Bombay plague: being a history of the progress of plague in the Bombay presidency from September 1896 to June 1899
Year: 1896
Disease focus: Plague
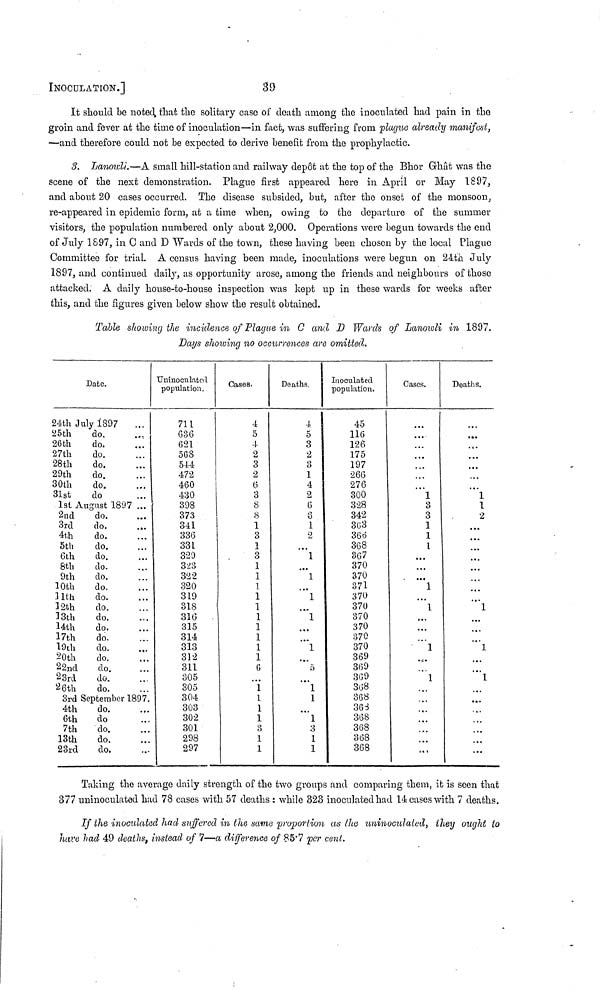
INOCULACIoN.]
39
It should be noted that the solitary case of death among the inoculated had pain in the
groin and fever at the time of inoculation—in fact, was suffering from plague already manifest,
—and therefore could not be expected to derive benefit from the prophylactic.
3. Lanowli.—A small hill-station and railway depot at the top of the Bhor Ghât was the
scene of the next demonstration. Plague first appeared here in April or May 1897,
and about 20 cases occurred. The disease subsided, but, after the onset of the monsoon,
re-appeared in epidemic form, at a time when, owing to the departure of the summer
visitors, the population numbered only about 2,000. Operations were begun towards the end
of July 1897, in C and D Wards of the town, these having been chosen by the local Plague
Committee for trial. A census having been made, inoculations were begun on 24th July
1897, and continued daily, as opportunity arose, among the friends and neighbours of those
attacked. A daily house-to-house inspection was kept up in these wards for weeks after
this, and the figures given below show the result obtained.
Table showing the incidence of Plague in C and D Wards of Lanowli in 1897.
Days showing no occurrences are omitted.
Date.
24th July 1897 ...
25th
do. ...
26th
do. ...
27th
do. ...
28th
do. ...
29th
do. ...
30th
do. ...
31st do. ...
1st August 1897 ...
2nd
do. ...
3rd
do. ...
4t,h
do. ...
5th
do. ...
6th
do. ...
8th
do. ...
9th
do. ...
10th
do. ...
11th
do. ...
12th
do. ...
13th
do. ...
14th
do. ...
17th
do. ...
19th
do. ...
20th
do. ...
22nd
do. ...
23rd
do. ...
26th
do. ...
3rd September 1897.
4th
do. ...
6th do. ...
7th
do. ...
13th
do. ...
23rd
do. ...
Uninoculated
population.
711
636
621
568
544
472
460
430
398
373
341
336
331
329
323
322
320
319
318
316
315
314
313
312
311
305
305
304
303
302
301
298
297
Cases.
4
5
4
2
3
2
6
3
8
8
1
3
1
3
1
1
1
1
1
1
1
1
1
1
6
...
1
1
1
1
3
1
1
Deaths.
4
5
3
2
3
1
4
2
6
6
1
2
...
1
...
1
...
1
...
1
...
1
...
5
1
......
1
3
1
1
Inoculated
population.
45
116
126
175
197
266
276
300
328
342
363
366
368
367
370
370
371
370
370
370
370
370
370
369
369
369
368
368
368
368
368
368
368
Gases.
...
...
.,....
...
...
1
3
3
1
1
1
...
...
...
1
...
1
...
...
...
1
...
...
1
...
...
...
...
...
...
...
Deaths.
...
...
...
...
...
...
1
1
2
...
...
...
1
1
1
...
...
...
......
...
...
Taking the average daily strength of the two groups and comparing them, it is seen that
377 uninoculated had 78 cases with 57 deaths ; while 323 inoculated had 14 cases with 7 deaths.
If the inoculated had suffered in the same proportion as the uninoculated, they ought tο
have had 49 deaths, instead of 7—a difference of 85.7 per cent.